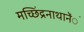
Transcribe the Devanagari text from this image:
मच्छिंद्रनाथानेेंे